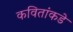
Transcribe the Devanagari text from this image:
कवितांकडे